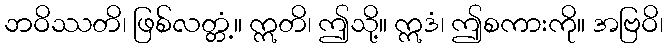
ဘဝိဿတိ၊ ဖြစ်လတ္တံ့။ ဣတိ၊ ဤသို့။ ဣဒံ၊ ဤစကားကို။ အဗြဝိ၊